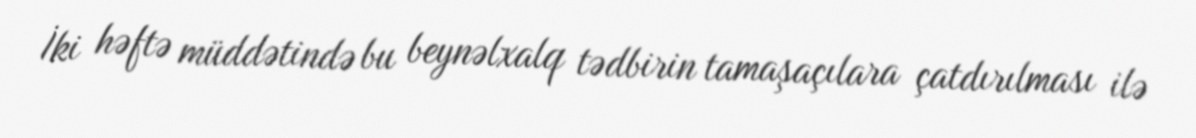
İki həftə müddətində bu beynəlxalq tədbirin tamaşaçılara çatdırılması ilə